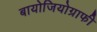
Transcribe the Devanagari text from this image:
बायोजियोग्राफी